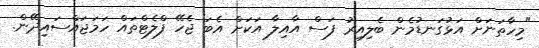
"މިހާތަނަށް އަޅުގަނޑުމެން ބެލިއިރު ފަސް އާއިލާ އަކަށް އެބަ ޖެހޭ ފްލެޓްތައް ހަމަޖައްސައިދޭން.